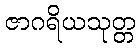
ဇာဂရိယသုတ္တ